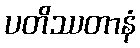
ပတိဿတာနံ